65_HS1-834228961_62-HQ-83894_Section_6
Agency: FBI
Page 56
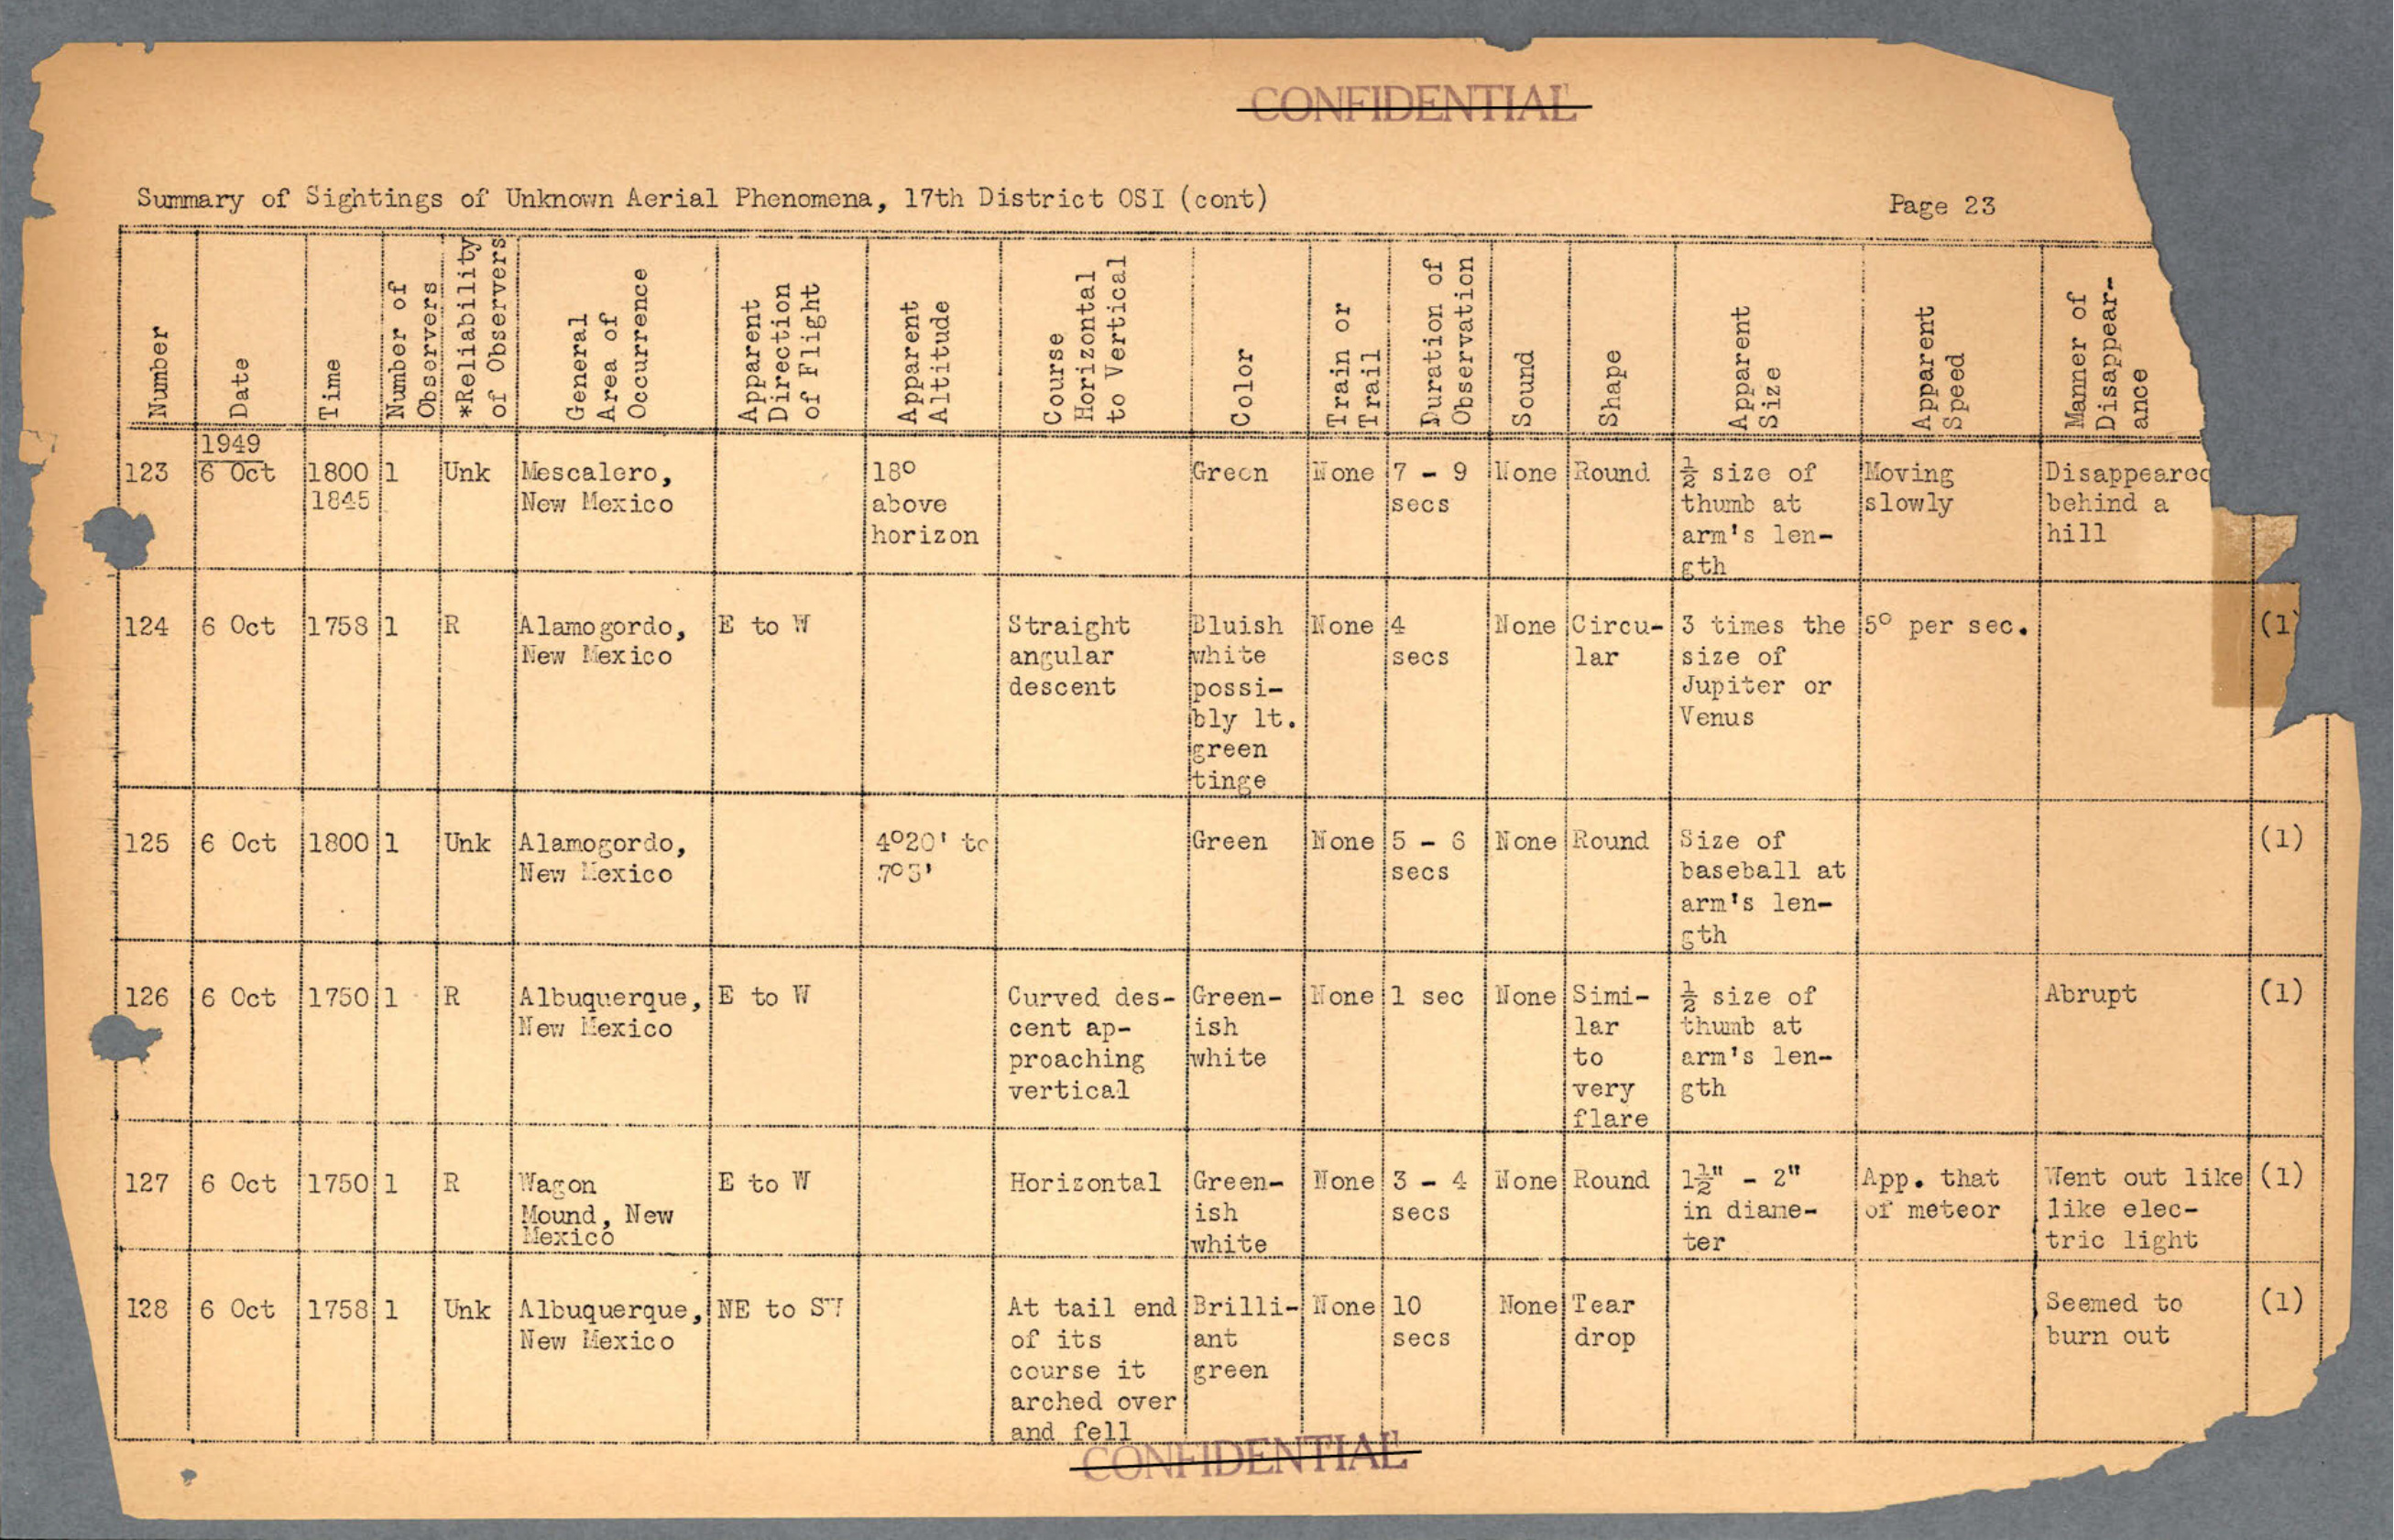